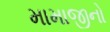
મામાજીનો